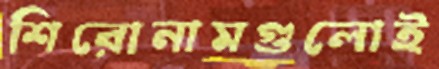
শিরোনামগুলোই